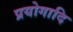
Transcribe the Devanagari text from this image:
प्रयोगादि